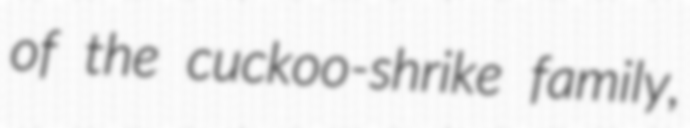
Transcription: of the cuckoo-shrike family,